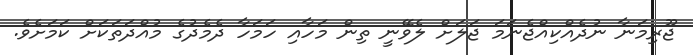
ޖޫރިމަނާ ނުދެއްކިއްޖެނަމަ ޖަލަށް ލެވޭނީ ތިން މަހާއި ހަމަހާ ދެމެދުގެ މުއްދަތަކަށް ކަމަށެވެ.